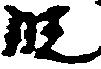
段